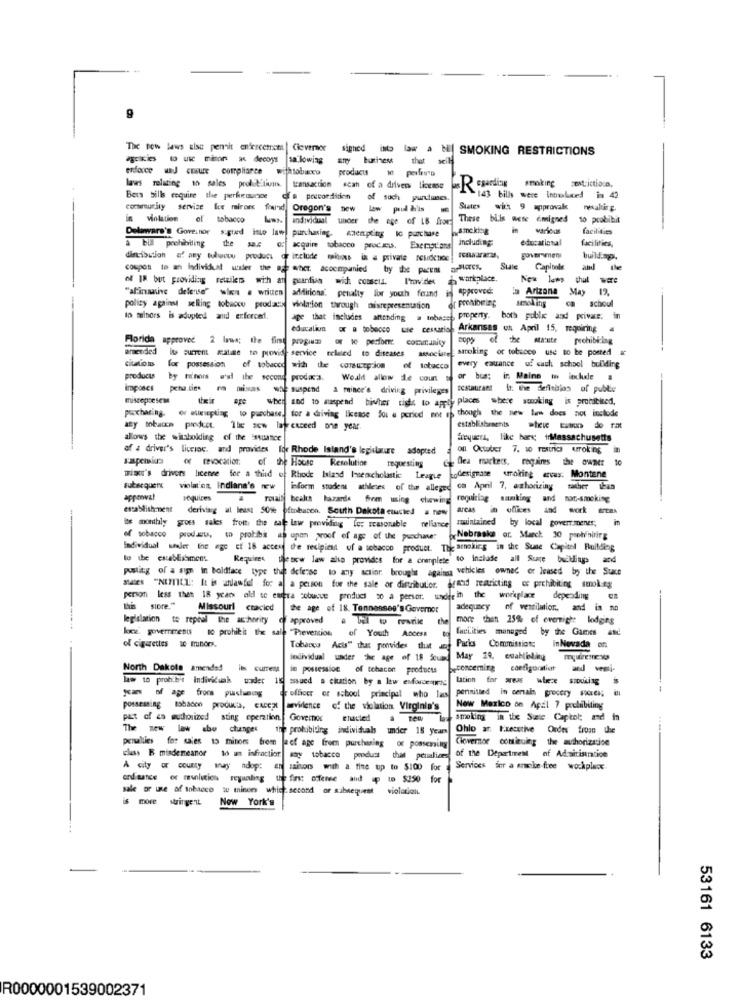
The new laws sise pennit enforcement
Cievernor
signed
SMOKING RESTRICTIONS
enforce waJ ensure compliance withtobicu
products
laws relating in sales prol Etiuns transaction scan of a drivers license
Regarding
smoking centrictious,
Bets bills require the perfectange
cfa precondition
of such pudimos
143 bills were Involuced in 42
community service lce mirors found Oregon's new
States
with 9 approval renaluie.g.
in violation
tobacco
individual under the age of LB for
These bilis wese emigned
10 probibit
smoking
facilities
Delaware's Governor s.gued into law purchasing, enempling Ic purchase
including
educational
facilities,
a bill prohibiting the
acquire tobacco proczu. Exemptions
Exemptions
diribution a aty tulwowo product of include miss in a private residence
buildimp.
coupon to an Individual wider the me wher. accompanied
State
of I8 but providing retailers with an puandin wid: conscia.
I'mvides
workplace.
New laws
that
"afinansive deleuse" wien . written
additiona.
penalty for youth ferind is approved:
In Arizona May
or Prohibiting
schoul
policy against selling tobacco products
violation through misrepresentation
to mainors is adopted and erforced.
age that includes anending ====
property.
both poble and private.
in
educalion or a tobacco use cestaria Arkansas on April 15, requiring
Florida approved 2 lawe; the first program or to perform community
of the Matute prohibiting
prended
it's current estime to provide service eclosed to diseases associare smoking of tobacco use no be posted a
for possession of tobacco
of tobacco with the coreutp-ion
of tobacco every eauance uf cach school buliding
of tobacco
products
by minois wdl the second prodaca.
Would allow de count
in Maine to include #
imposes
pena.dies ra misas she suspend a mince's driving privileges
restaurant It: the definbios of public
miscepoeseme
when
places where smoking is prohibited,
for a driving license foi # period not es though the new law does not inclode
and to suspend bisher right to apply
or ellesepting to purchase.
any tobacco product. The sew lat exceed one year.
establishments -her-ms do rat
allows the witzbolding of the issuance
frequera, like bars; irMassachusetts
of a driver's liveinc. and provides for Rhode Island's legislature adopted
on Octuber 7. 10 restric uroking
yapchiusi
of revocation:
of the House
Resolution
requesting
de Gea markeds, requires the owner
trias's drivers license for a third of Rhode Island Inserscholastic League todesignate urroling ervas. Montene
subsequent
violal'on, Indians's new
inform student athletes of the alleged ca April 7, authorizing rather than
vequices a rotail| bealth bazarde frem using etwing requiring samking and non-smoking
establishment
derivtarg at least SOse oftobacon. South Dakota enacted a new
areas
Juintained by local goverr.menes;
in
los monthly gross sales frott: the sat law providing Ie: reasonable nellance
of tobacco products, to protibis as upon proof of age of the purchase of Nebraska or. March 30 prohibiting
Individual stader the age of 18 access the recipient of a tobacco product. The arnokirg in the Suse Capitol Building
to the establishment
Requires the bow law also provides for a onenplete to include all Sure buildings and
posting of a sign in boldface type the defense to any action brought agains vehicles owned of leased by the Suce
Ses "NIMIEL: It is adawful for a a person for the sale or distributor, deand restricting or prohibiting smokeg
person less then I8 years old se empra cobuvwe product 20 a persor. under in the workplace depending Cm
Ibis sipre."
Missouri ctacicd the age of 18. Tennessee's Governor
adequacy of ventilation, and in na
legislation te repeal the ascharity @ approved
more thant 25% of evernigh: lodging
ke governments
10 prohitit the sale "Prevention of Youth Access
facilities managed by the Games and
of cigarettes sc minder.
Tobacco Acis" that provides that
Parks Commistiat:
in Nevada on
individual under The age of 18 deum. May 29, establishing requiresnews
North Dakota amended ils current in possession of schacon products
concerning configuration and vemsi-
law to prob.b't Individuak under il sssued a ciuarion by a law enforcemis
lation for areas wiece SIDuking
permitted in ceral grocery Faces; il
yuan of age from puchuog . officer of school principal who las
possessing tobacon products, cacezt aevidence of the violation Virginia's
New Mexico on Apal 7 prohibiting
past of es authorized sting operation. Governos
ehauled a tew
smoking in the State Capkol; and
new law abe chunge ine prohibidings individuals under 15 years
Ohio an Executive Order from the
Clovernor continuing the authorization
peruities for sales 15 minors from laof age freen purchasing or possening
class B misdemeanor to an infraction any tobacco product that peualices
of the Department of Adairistration
A city or coumy way adop: en maisons with a fine up to $100 for Services inr a sracke free workplex.
ondaance oc evolution reyunding the first offense and p to $250 for
sale or use of tobacco w minon which. second or subsequent violation
stringent
New York's
53161 6133
R0000001539002371